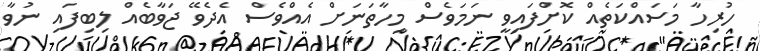
ހުރިހާ މަސައްކަތެއް ކޮށްފައިވީ ނަމަވެސް މިހާތަނަށް އެއްވެސް އެދެވޭ ޖަވާބެއް ލިބިފައި ނުވާ